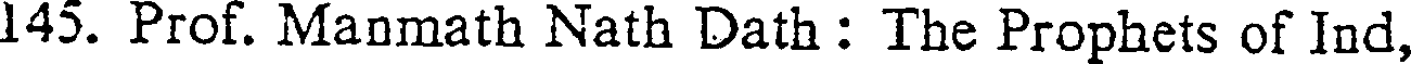
145. Prof. Manmath Nath Dath : The Prophets of Ind,